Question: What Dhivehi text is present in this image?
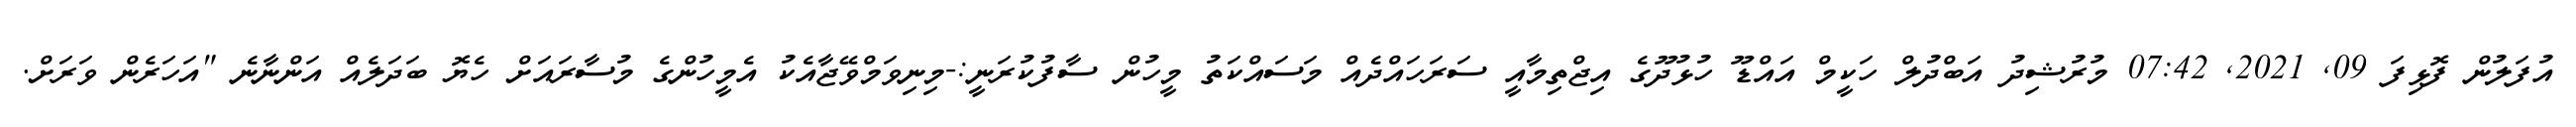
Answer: އުފަލުން ފޮޅިފަ 09, 2021, 07:42 މުރުޝިދު އަބްދުލް ހަކީމް އައްޑޫ ހުޅުދޫގެ އިޖްތިމާއީ ސަރަހައްދެއް މަސައްކަތު މީހުން ސާފުކުރަނީ:-މިނިވަމްވޭޖާއެކު އެމީހުންގެ މުސާރައަށް ހެޔޮ ބަދަލެއް އަންނާނެ "އަހަރެން ވަރަށް.